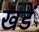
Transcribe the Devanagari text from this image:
खडें